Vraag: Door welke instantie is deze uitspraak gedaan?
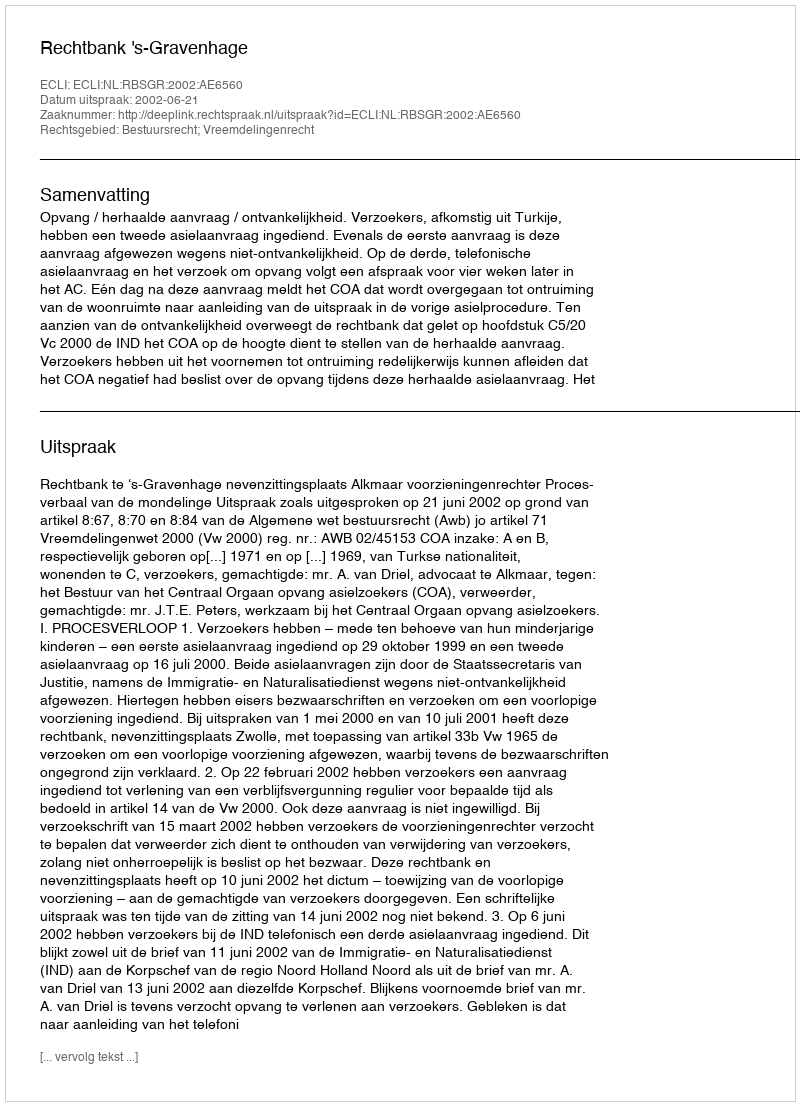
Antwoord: Rechtbank 's-Gravenhage